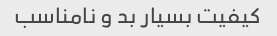
کیفیت بسیار بد و نامناسب